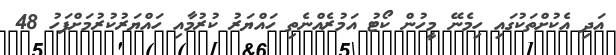
އަދި އެކުށްތަކުގައި ހިމެނޭ މީހުން ކޯޓު އަމުރެއްނެތި ހައްޔަރު ކުރުމާއި ހައްޔަރުކުރުމަށްފަހު 48